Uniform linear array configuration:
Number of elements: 12
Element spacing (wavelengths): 0.5
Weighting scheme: exponential
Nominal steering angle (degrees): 15
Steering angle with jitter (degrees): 16.171
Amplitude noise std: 0.05
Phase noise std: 0.05

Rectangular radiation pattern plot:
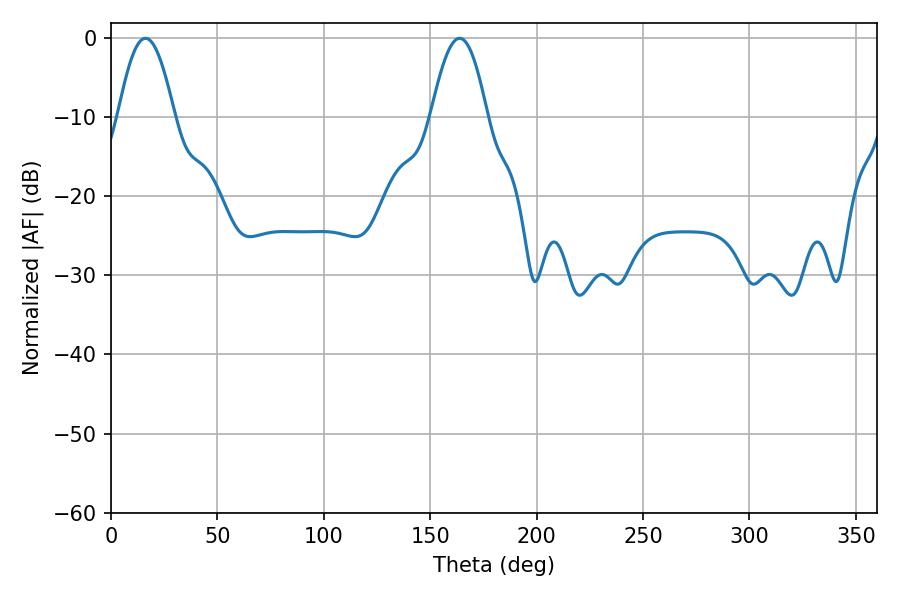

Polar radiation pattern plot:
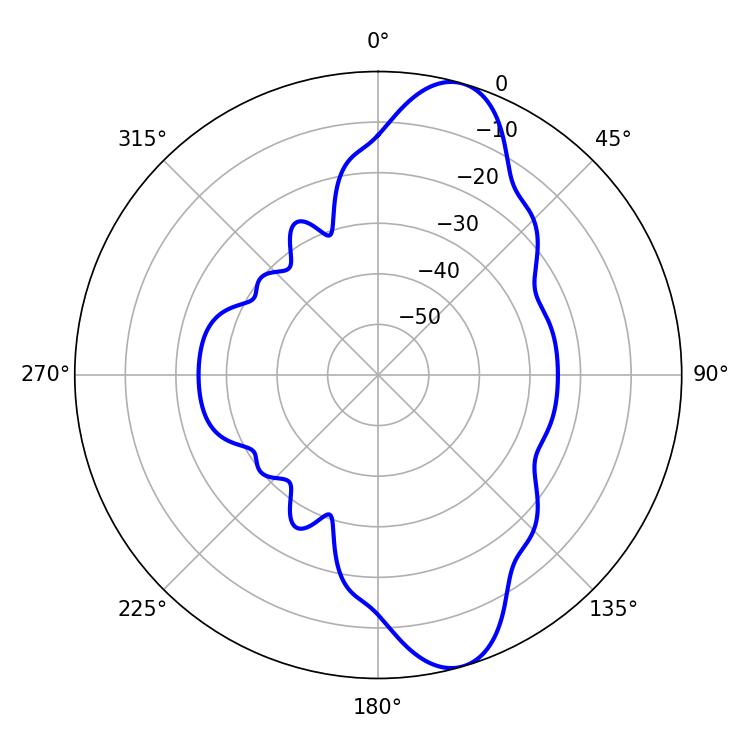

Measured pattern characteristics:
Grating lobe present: FALSE
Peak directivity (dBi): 10.848
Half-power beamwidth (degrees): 14.22
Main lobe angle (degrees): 16.2